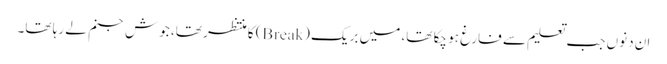
ان دنوں جب تعلیم سے فارغ ہو چکا تھا، میں بریک (Break) کا منتظر تھا، جوش جنم لے رہا تھا۔